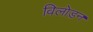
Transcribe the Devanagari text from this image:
विलोड़न